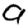
Digit: 9